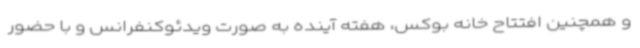
و همچنین افتتاح خانه بوکس، هفته آینده به صورت ویدئوکنفرانس و با حضور